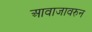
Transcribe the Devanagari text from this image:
आवाजावरुन